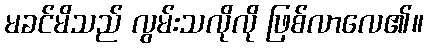
မခင်မိသည် လွမ်းသလိုလို ဖြစ်လာလေ၏။